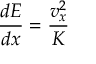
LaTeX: { \frac { d E } { d x } } = { \frac { v _ { x } ^ { 2 } } { K } }